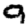
Digit: 9